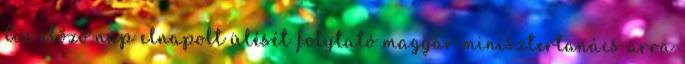
Az elõzõ nap elnapolt ülését folytató magyar minisztertanács arra